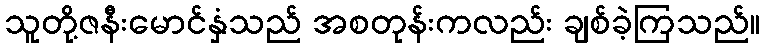
သူတို့ဇနီးမောင်နှံသည် အစတုန်းကလည်း ချစ်ခဲ့ကြသည်။